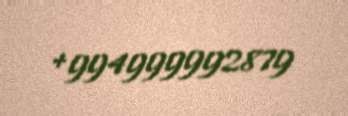
+994999992879